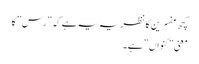
کچھ مفسرین کا نظریہ یہ ہے کہ ”رس” کا
معنی ”کنواں ” ہے۔